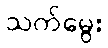
သက်မွေး